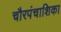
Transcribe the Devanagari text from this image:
चौरपंचाशिका